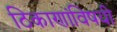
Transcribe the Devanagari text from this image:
ठिकाणांविषयी